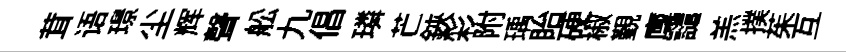
茸语璟尘辉聲舩九倡璘芒鋏彩附瑀眙硬椒覲廩譴羔撲茱互